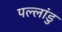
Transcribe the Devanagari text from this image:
पल्लांडु